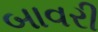
બાવરી